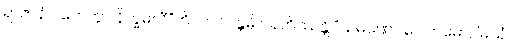
ရာဇာနံ ဂဟေတွာ နိက္ခမတီ”တိ။ ဘဂဝန္တမ္ပိ ဂရဟိဿန္တိ “သမဏော ဂေါတမော, ‘မယှံ